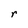
Character: r